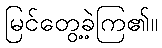
မြင်တွေ့ခဲ့ကြ၏။